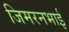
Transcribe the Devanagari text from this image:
जिमरनभाई